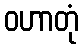
ဝဟာတုံ